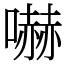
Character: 嚇